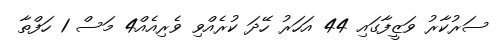
ސަރުކާރު ވަޒީފާގައި 44 އަހަރު ހޭދަ ކުރެއްވި ވެރިއެއް4 މަސް 1 ހަފްތާ